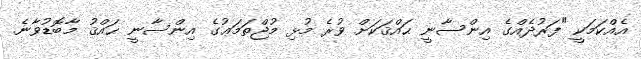
އެއްކަމަކީ "ފަރުދެއްގެ އިންސާނީ ޙައްޤަކަށް ވުރެ މުޅި މުޖްތަމަޢުގެ އިންސާނީ ޙައްޤު މާބޮޑުވާނެ.